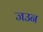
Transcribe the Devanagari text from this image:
जउन